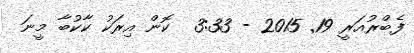
ފެބްރުއަރީ 19